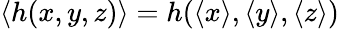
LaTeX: \langle h(x,y,z)\rangle=h(\langle x\rangle,\langle y\rangle,\langle z\rangle)